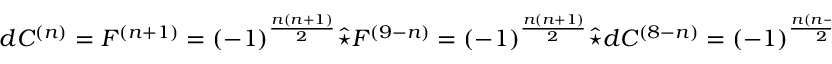
d C ^ { ( n ) } = F ^ { ( n + 1 ) } = ( - 1 ) ^ { \frac { n ( n + 1 ) } { 2 } } \hat { \star } F ^ { ( 9 - n ) } = ( - 1 ) ^ { \frac { n ( n + 1 ) } { 2 } } \hat { \star } d C ^ { ( 8 - n ) } = ( - 1 ) ^ { \frac { n ( n - 1 ) } { 2 } } d \hat { \star } C ^ { ( 1 0 - n ) } ,